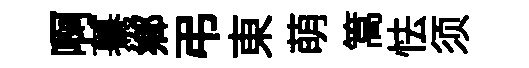
啊驀鄉弔東萌篙怯须